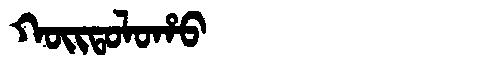
Manchu: ᡴᠣᡳᡨᠣᠯᠣᡥᠣ
Romanization: KOITOLOHO